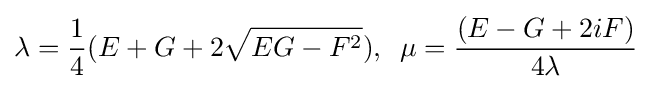
\lambda ={1 \over 4}(E+G+2{\sqrt {EG-F^{2}}}),\,\,\,{\displaystyle \mu ={(E-G+2iF) \over 4\lambda }}